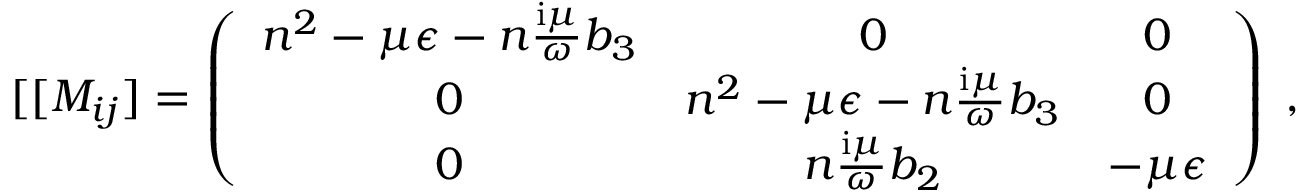
[ \lbrack M _ { i j } ] = \left( \begin{array} { c c c } { n ^ { 2 } - \mu \epsilon - n \frac { \mathrm { i } \mu } { \omega } b _ { 3 } } & { 0 } & { 0 } \\ { 0 } & { n ^ { 2 } - \mu \epsilon - n \frac { \mathrm { i } \mu } { \omega } b _ { 3 } } & { 0 } \\ { 0 } & { n \frac { \mathrm { i } \mu } { \omega } b _ { 2 } } & { - \mu \epsilon } \end{array} \right) \; ,